Indian journal of veterinary science and animal husbandry - Volume 14,
Year: 1944
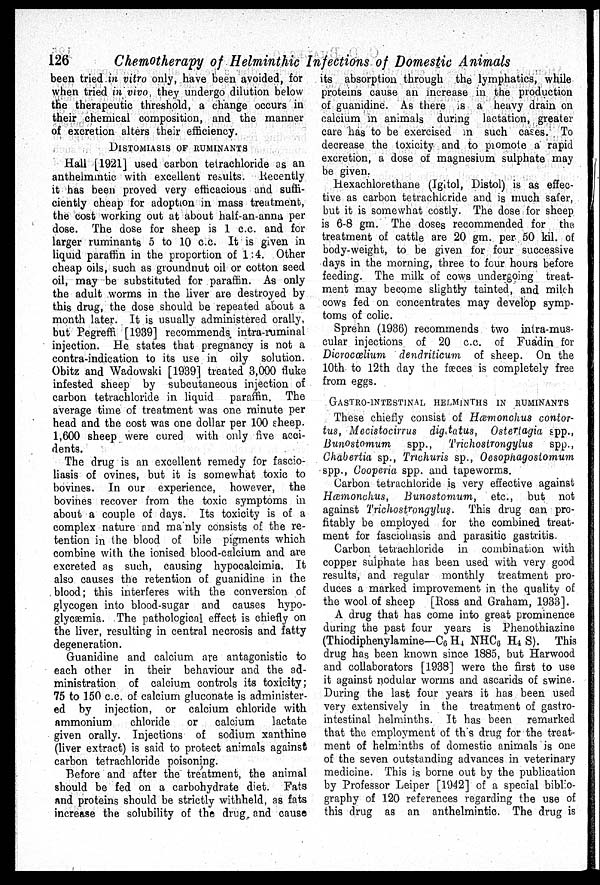
126
Chemotherapy of Helminthic Infections of Domestic Animals
been tried in vitro only, have been avoided, for
when tried in vivo, they undergo dilution below
the therapeutic threshold, a change occurs in
their chemical composition, and the manner
of excretion alters their efficiency.
DISTOMIASIS OF RUMINANTS
Hall [1921] used carbon tetrachloride as an
anthelmintic with excellent results. Recently
it has been proved very efficacious and suffi-
ciently cheap for adoption in mass treatment,
the cost working out at about half-an-anna per
dose. The dose for sheep is 1 c.c. and for
larger ruminants 5 to 10 c.c. It is given in
liquid paraffin in the proportion of 1:4. Other
cheap oils, such as groundnut oil or cotton seed
oil, may be substituted for paraffin. As only
the adult worms in the liver are destroyed by
this drug, the dose should be repeated about a
month later. It is usually administered orally,
but Pegreffi [1939] recommends intra-ruminal
injection. He states that pregnancy is not a
contra-indication to its use in oily solution.
Obitz and Wadowski [1939] treated 3,000 fluke
infested sheep by subcutaneous injection of
carbon tetrachloride in liquid paraffin. The
average time of treatment was one minute per
head and the cost was one dollar per 100 sheep.
1,600 sheep were cured with only five acci-
dents.
The drug is an excellent remedy for fascio-
liasis of ovines, but it is somewhat toxic to
bovines. In our experience, however, the
bovines recover from the toxic symptoms in
about a couple of days. Its toxicity is of a
complex nature and mainly consists of the re-
tention in the blood of bile pigments which
combine with the ionised blood-calcium and are
excreted as such, causing hypocalcimia. It
also causes the retention of guanidine in the
blood; this interferes with the conversion of
glycogen into blood-sugar and causes hypo-
glycæmia. The pathological effect is chiefly on
the liver, resulting in central necrosis and fatty
degeneration.
Guanidine and calcium are antagonistic to
each other in their behaviour and the ad-
ministration of calcium controls its toxicity;
75 to 150 c.c. of calcium gluconate is administer-
ed by injection, or calcium chloride with
ammonium
chloride
or
calcium
lactate
given orally. Injections of sodium xanthine
(liver extract) is said to protect animals against
carbon tetrachloride poisoning.
Before and after the treatment, the animal
should be fed on a carbohydrate diet. Fats
and proteins should be strictly withheld, as fats
increase the solubility of the drug and cause
its absorption through the lymphatics, while
proteins cause an increase in the production
of guanidine. As there is a heavy drain on
calcium in animals during lactation, greater
care has to be exercised in such cases. To
decrease the toxicity and to promote a rapid
excretion, a dose of magnesium sulphate may
be given.
Hexachlorethane (Igitol, Distol) is as effec-
tive as carbon tetrachloride and is much safer,
but it is somewhat costly. The dose for sheep
is 6-8 gm. The doses recommended for the
treatment of cattle are 20 gm. per 50 kil. of
body-weight, to be given for four successive
days in the morning, three to four hours before
feeding. The milk of cows undergoing treat-
ment may become slightly tainted, and milch
cows fed on concentrates may develop symp-
toms of colic.
Sprehn (1936) recommends two intra-mus-
cular injections of 20 c.c. of Fuadin for
Dicrocælium dendriticum
of sheep. On the
10th to 12th day the fæces is completely free
from eggs.
GASTRO-INTESTINAL HELMINTHS IN RUMINANTS
These chiefly consist of Hæmonchus contor-
tus, Mecistocirrus digstatus, Osteriagia spp.,
Bunostomum
spp., Trichostrongylus
spp.,
Chabertia sp., Trichuris sp., Oesophagostomum
spp., Cooperia spp. and tapeworms.
Carbon tetrachloride is very effective against
Hæmonchus,
Bunostomum,
etc., but not
against Trichostrongylus.
This drug can pro-
fitably be employed for the combined treat-
ment for fasciohasis and parasitic gastritis.
Carbon tetrachloride in combination with
copper sulphate has been used with very good
results, and regular monthly treatment pro-
duces a marked improvement in the quality of
the wool of sheep [Ross and Graham, 1933].
A drug that has come into great prominence
during the past four years is Phenothiazine
(Thiodiphenylamine—C 6 H 4 NHC 6 H 4 S). This
drug has been known since 1885, but Harwood
and collaborators [1938] were the first to use
it against nodular worms and ascarids of swine.
During the last four years it has been used
very extensively in the treatment of gastro-
intestinal helminths. It has been remarked
that the employment of this drug for the treat-
ment of helminths of domestic animals is one
of the seven outstanding advances in veterinary
medicine. This is borne out by the publication
by Professor Leiper [1942] of a special biblio-
graphy of 120 references regarding the use of
this drug as an anthelmintic. The drug is